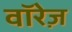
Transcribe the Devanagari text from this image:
वॉरेज़